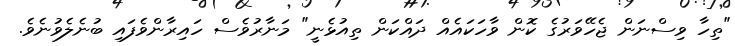
"ތިހާ ވިސްނަން ޖެހޭވަރުގެ ކޮން ވާހަކައެއް ދައްކަން ތިއުޅެނީ" މަނާރުވެސް ހައިރާންވެފައި ބުނެލެވުނެވެ.